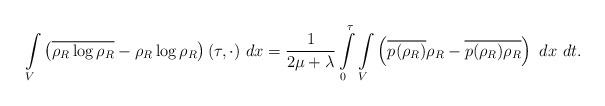
LaTeX: \begin{align*}\int\limits_{V} \left(\overline{\rho_R \log \rho_R}-\rho_R \log \rho_R\right)(\tau,\cdot)\ dx = \frac{1}{2\mu+\lambda} \int\limits_0^{\tau}\int\limits_{V} \left(\overline{p(\rho_R)}\rho_R-\overline{p(\rho_R) \rho_R}\right)\ dx\ dt . \end{align*}